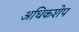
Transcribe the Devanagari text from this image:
अधिकशेप